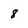
Character: 8